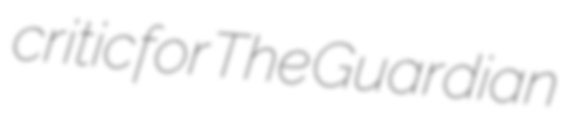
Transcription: critic for The Guardian